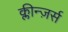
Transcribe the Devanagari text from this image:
क्लीन्ज़र्स